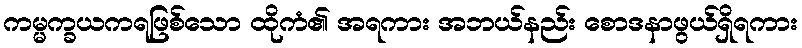
ကမ္မက္ခယကရဖြစ်သော ထိုကံ၏ အရကား အဘယ်နည်း စောဒနာဖွယ်ရှိရကား